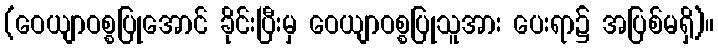
(ဝေယျာဝစ္စပြုအောင် ခိုင်းပြီးမှ ဝေယျာဝစ္စပြုသူအား ပေးရာ၌ အပြစ်မရှိ)။